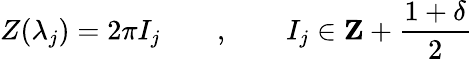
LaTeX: Z(\lambda_{j})=2\pi I_{j}\qquad,\qquad I_{j}\in\mathbf{Z}+\frac{1+\delta}{2}